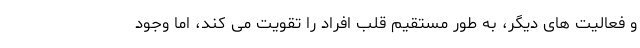
و فعالیت های دیگر، به طور مستقیم قلب افراد را تقویت می کند، اما وجود